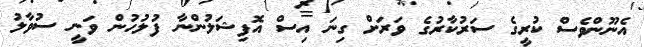
އެނޫންވެސް ކުރީގެ ސަރުކާރުގެ ވަރަށް ގިނަ އިސް އޮފިޝަލުންނާ ފުލުހުން ވަނީ ސުވާލު